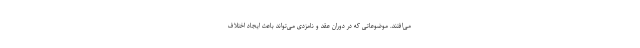
می‌افتند. موضوعاتی که در دوران عقد و نامزدی می‌تواند باعث ایجاد اختلاف